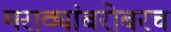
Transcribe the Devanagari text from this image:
मराठ्यांबरोबरच